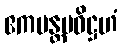
ဧကမန္တမဓိဋ္ဌဟံ